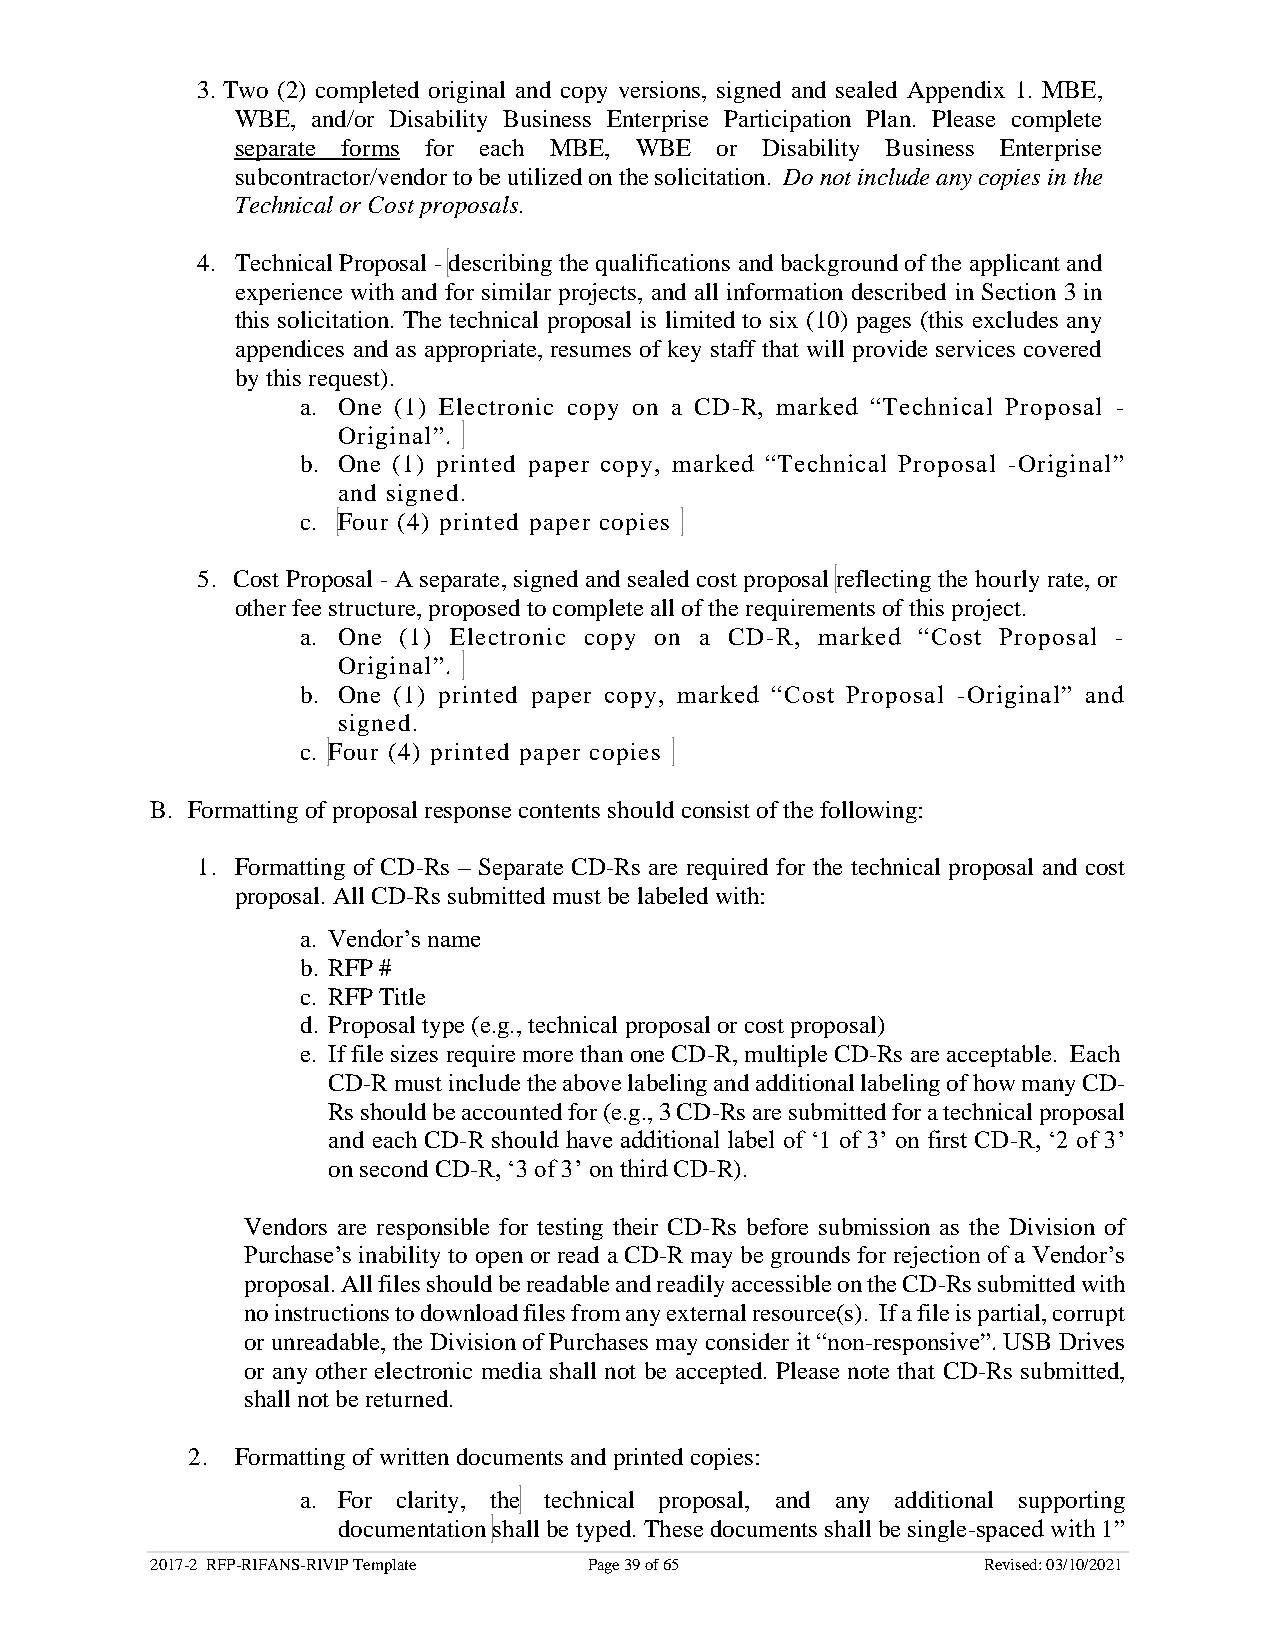
3. Two (2) completed original and copy versions, signed and sealed Appendix 1. MBE,
 WBE, and/or Disability Business Enterprise Participation Plan. Please complete
 separate forms for each MBE, WBE or Disability Business Enterprise
 subcontractor/vendor to be utilized on the solicitation. Do not include any copies in the
 Technical or Cost proposals.
 4. Technical Proposal - describing the qualifications and background of the applicant and
 experience with and for similar projects, and all information described in Section 3 in
 this solicitation. The technical proposal is limited to six (10) pages (this excludes any
 appendices and as appropriate, resumes of key staff that will provide services covered
 by this request).
 a. One (1) Electronic copy on a CD-R, marked “Technical Proposal -
 Original”.
 b. One (1) printed paper copy, marked “Technical Proposal -Original”
 and signed.
 c. Four (4) printed paper copies
 5. Cost Proposal - A separate, signed and sealed cost proposal reflecting the hourly rate, or
 other fee structure, proposed to complete all of the requirements of this project.
 a. One (1) Electronic copy on a CD-R, marked “Cost Proposal -
 Original”.
 b. One (1) printed paper copy, marked “Cost Proposal -Original” and
 signed.
 c. Four (4) printed paper copies
 B. Formatting of proposal response contents should consist of the following:
 1. Formatting of CD-Rs – Separate CD-Rs are required for the technical proposal and cost
 proposal. All CD-Rs submitted must be labeled with:
 a. Vendor’s name
 b. RFP #
 c. RFP Title
 d. Proposal type (e.g., technical proposal or cost proposal)
 e. If file sizes require more than one CD-R, multiple CD-Rs are acceptable. Each
 CD-R must include the above labeling and additional labeling of how many CD-
 Rs should be accounted for (e.g., 3 CD-Rs are submitted for a technical proposal
 and each CD-R should have additional label of ‘1 of 3’ on first CD-R, ‘2 of 3’
 on second CD-R, ‘3 of 3’ on third CD-R).
 Vendors are responsible for testing their CD-Rs before submission as the Division of
 Purchase’s inability to open or read a CD-R may be grounds for rejection of a Vendor’s
 proposal. All files should be readable and readily accessible on the CD-Rs submitted with
 no instructions to download files from any external resource(s). If a file is partial, corrupt
 or unreadable, the Division of Purchases may consider it “non-responsive”. USB Drives
 or any other electronic media shall not be accepted. Please note that CD-Rs submitted,
 shall not be returned.
 2.  Formatting of written documents and printed copies:
 a. For clarity, the technical proposal, and any additional supporting
 documentation shall be typed. These documents shall be single-spaced with 1”
 2017-2 RFP-RIFANS-RIVIP Template Page 39 of 65         Revised: 03/10/2021